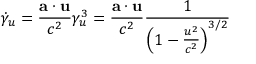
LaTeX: { \dot { \gamma } } _ { u } = { \frac { \mathbf { a \cdot u } } { c ^ { 2 } } } \gamma _ { u } ^ { 3 } = { \frac { \mathbf { a \cdot u } } { c ^ { 2 } } } { \frac { 1 } { \left( 1 - { \frac { u ^ { 2 } } { c ^ { 2 } } } \right) ^ { 3 / 2 } } }